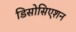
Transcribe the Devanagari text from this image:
डिसोसिएशन